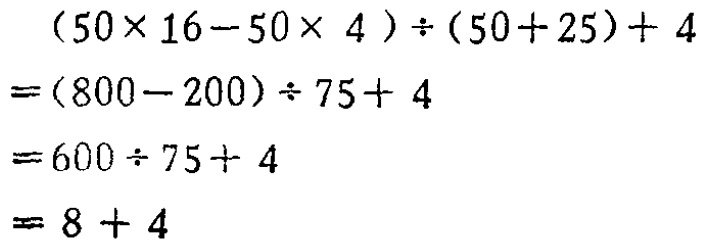
\[
\begin{align*}
&(50\times 16 - 50\times 4)\div(50 + 25)+ 4\\
=&(800 - 200)\div 75+ 4\\
=&600\div 75+ 4\\
=&8 + 4
\end{align*}
\]